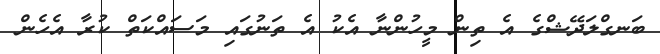
ބަނގްލަދޭޝްގެ އެ ތިން މީހުންނާ އެކު އެ ތަނުގައި މަސައްކަތް ކުރާ އެހެން